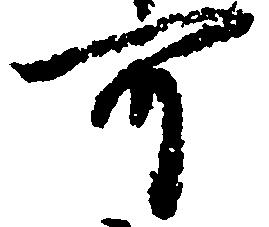
可